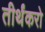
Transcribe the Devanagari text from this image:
तीर्थंकरो